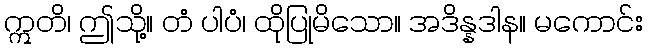
ဣတိ၊ ဤသို့။ တံ ပါပံ၊ ထိုပြုမိသော။ အဒိန္နဒါန။ မကောင်း